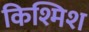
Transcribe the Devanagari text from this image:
किश्मिश